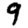
Digit: 9